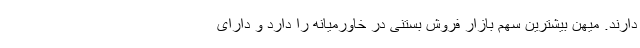
دارند. میهن بیشترین سهم بازار فروش بستنی در خاورمیانه را دارد و دارای